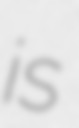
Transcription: is